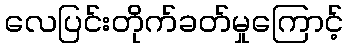
လေပြင်းတိုက်ခတ်မှုကြောင့်